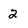
Character: 2